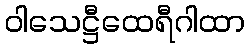
ဝါသေဋ္ဌီထေရီဂါထာ